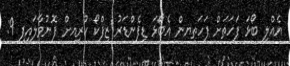
އެއްލި ބޯޅަ ފަހަތަށް ފަހަތޔން އެބޯޅަ ޑިފެންޑަރު ޒިފްކޯ ކުރިއށް ފޮނުވާލައިފި 9: